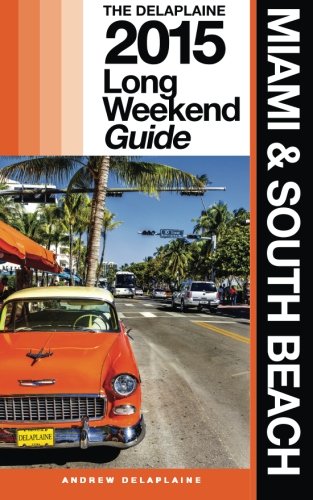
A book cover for Miami & South Beach - The Delaplaine 2015 Long Weekend Guide (Long Weekend Guides); Andrew Delaplaine; Travel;